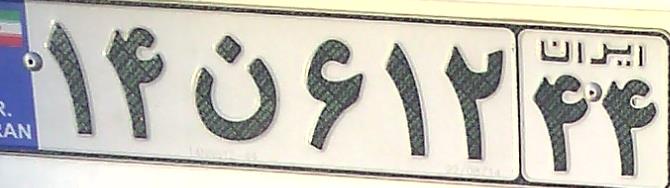
۱۴ن۶۱۲۴۴